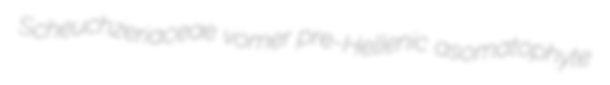
Scheuchzeriaceae vomer pre-Hellenic asomatophyte